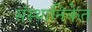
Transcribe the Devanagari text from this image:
संस्थानिकेत